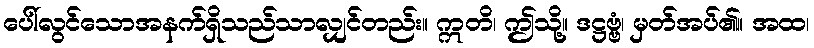
ပေါ်လွင်သောအနက်ရှိသည်သာလျှင်တည်း။ ဣတိ၊ ဤသို့။ ဒဋ္ဌဗ္ဗံ၊ မှတ်အပ်၏။ အထ၊